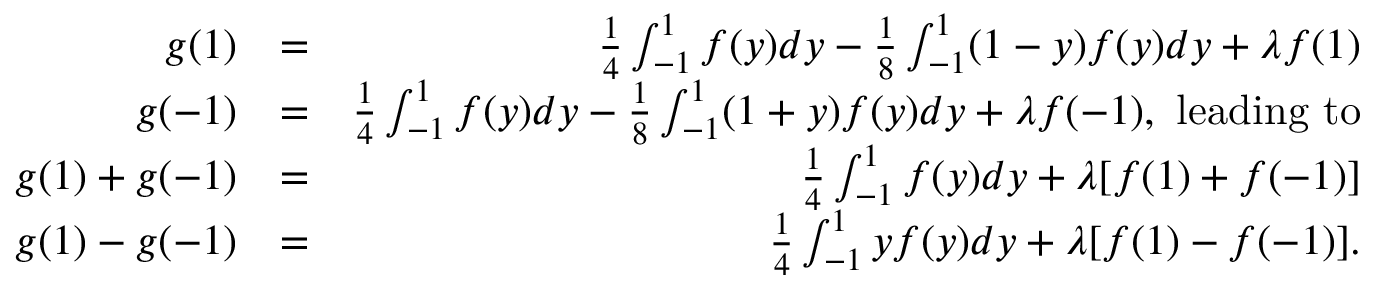
\begin{array} { r l r } { g ( 1 ) } & { = } & { \frac { 1 } { 4 } \int _ { - 1 } ^ { 1 } f ( y ) d y - \frac { 1 } { 8 } \int _ { - 1 } ^ { 1 } ( 1 - y ) f ( y ) d y + \lambda f ( 1 ) } \\ { g ( - 1 ) } & { = } & { \frac { 1 } { 4 } \int _ { - 1 } ^ { 1 } f ( y ) d y - \frac { 1 } { 8 } \int _ { - 1 } ^ { 1 } ( 1 + y ) f ( y ) d y + \lambda f ( - 1 ) , \mathrm { ~ l e a d i n g ~ t o } } \\ { g ( 1 ) + g ( - 1 ) } & { = } & { \frac { 1 } { 4 } \int _ { - 1 } ^ { 1 } f ( y ) d y + \lambda [ f ( 1 ) + f ( - 1 ) ] } \\ { g ( 1 ) - g ( - 1 ) } & { = } & { \frac { 1 } { 4 } \int _ { - 1 } ^ { 1 } y f ( y ) d y + \lambda [ f ( 1 ) - f ( - 1 ) ] . } \end{array}